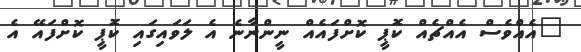
"އެއްވެސް އެއްޗެއް ކޮޕީ ކޮށްފައެއް ނީންނާނެ އެ ލަވައިގައި ކޮޕީ ކޮށްފައޭ އެ